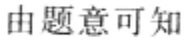
由题意可知